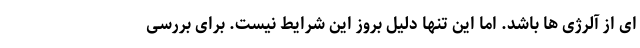
ای از آلرژی ها باشد. اما این تنها دلیل بروز این شرایط نیست. برای بررسی